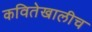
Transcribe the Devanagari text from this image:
कवितेखालीच